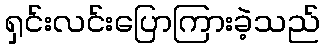
ရှင်းလင်းပြောကြားခဲ့သည်